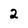
Character: 2